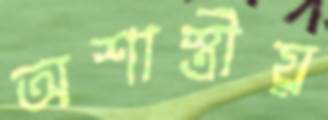
অশাস্ত্রীয়